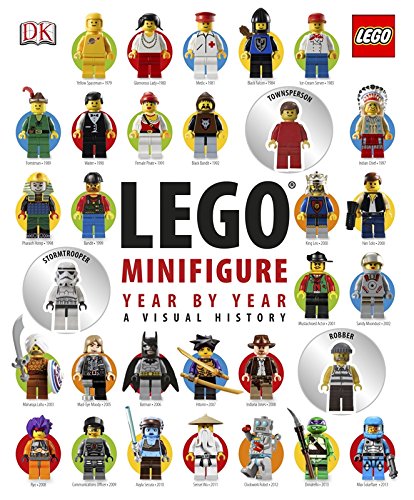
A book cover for LEGO Minifigure Year by Year: A Visual History; Gregory Farshtey; Crafts, Hobbies & Home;